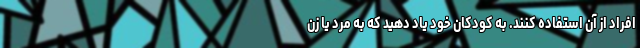
افراد از آن استفاده کنند. به کودکان خود یاد دهید که به مرد یا زن